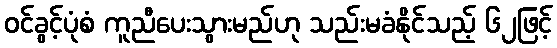
ဝင်ခွင့်ပုံစံ ကူညီပေးသွားမည်ဟု သည်းမခံနိုင်သည့် ၆၂ဖြင့်